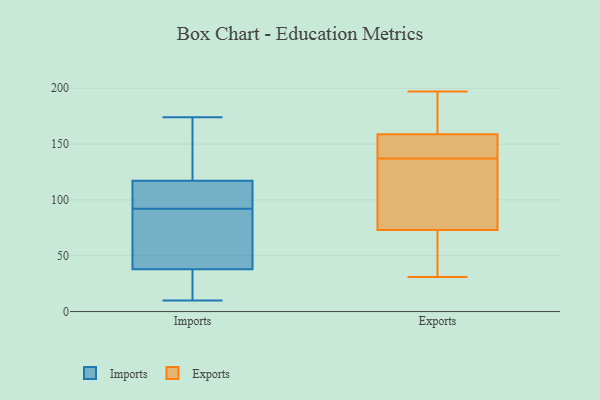
{"axis": {"x": "Demand Index", "y": "Value"}, "legend": ["Exports", "Imports"], "data": [{"x": "", "y": 70, "type": "Imports"}, {"x": "", "y": 118, "type": "Imports"}, {"x": "", "y": 10, "type": "Imports"}, {"x": "", "y": 92, "type": "Imports"}, {"x": "", "y": 11, "type": "Imports"}, {"x": "", "y": 91, "type": "Imports"}, {"x": "", "y": 109, "type": "Imports"}, {"x": "", "y": 174, "type": "Imports"}, {"x": "", "y": 41, "type": "Imports"}, {"x": "", "y": 173, "type": "Imports"}, {"x": "", "y": 148, "type": "Imports"}, {"x": "", "y": 108, "type": "Imports"}, {"x": "", "y": 11, "type": "Imports"}, {"x": "", "y": 37, "type": "Imports"}, {"x": "", "y": 115, "type": "Imports"}, {"x": "", "y": 31, "type": "Exports"}, {"x": "", "y": 137, "type": "Exports"}, {"x": "", "y": 37, "type": "Exports"}, {"x": "", "y": 160, "type": "Exports"}, {"x": "", "y": 82, "type": "Exports"}, {"x": "", "y": 155, "type": "Exports"}, {"x": "", "y": 139, "type": "Exports"}, {"x": "", "y": 174, "type": "Exports"}, {"x": "", "y": 70, "type": "Exports"}, {"x": "", "y": 197, "type": "Exports"}, {"x": "", "y": 96, "type": "Exports"}]}